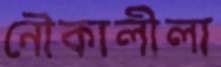
নৌকালীলা